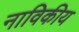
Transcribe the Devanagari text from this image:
नाविकीय